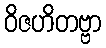
ဝိဇဟိတဗ္ဗာ